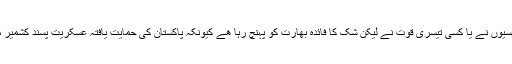
یہ حملہ کشمیری مجاھدین نے کیا ہے یا خود بھارتی ایجنسیوں نے یا کسی تیسری قوت نے لیکن شک کا فائدہ بھارت کو پہنچ رہا ھے کیونکہ پاکستان کی حمایت یافتہ عسکریت پسند کشمیر میں اس قسم کی کاروائیوں کیلئے پہلے سے ہی بدنام ھیں۔